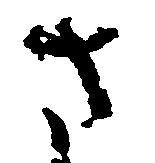
さ